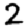
Digit: 2